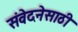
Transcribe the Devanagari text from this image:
संवेदनेसाठी